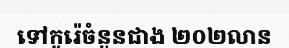
ទៅកូរ៉េចំនួនជាង ២០២លាន